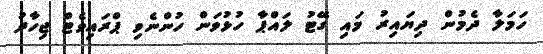
ހަމަލާ ދެމުން ދިޔައިރު މައި ގޭޓު ލައްޕާ ހުޅުވަން ހުންނެވި ޕްރައިވެޓް ޖިހާދު